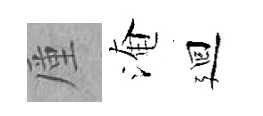
厪淹廻